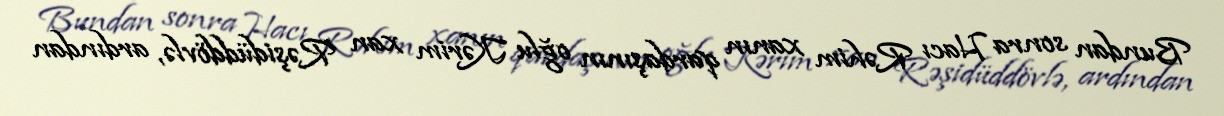
Bundan sonra Hacı Rəhim xanın qardaşının oğlu Kərim xan Rəşidüddövlə, ardından